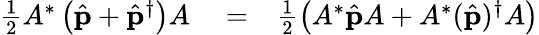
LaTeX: \begin{array}{rlr}{\frac{1}{2}A^{*}\left(\hat{{\mathbf p}}+\hat{{\mathbf p}}^{\dagger}\right)A}&{{}=}&{\frac{1}{2}\left(A^{*}\hat{{\mathbf p}}A+A^{*}(\hat{{\mathbf p}})^{\dagger}A\right)}\end{array}